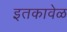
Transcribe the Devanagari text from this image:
इतकावेळ